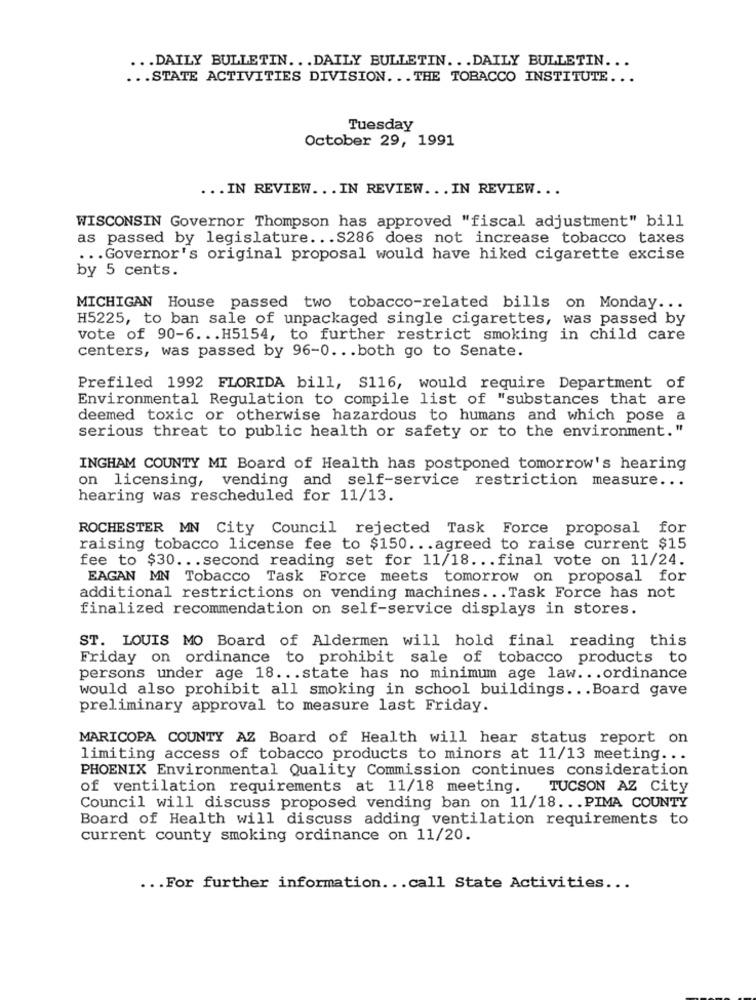
... DAILY BULLETIN. .. DAILY BULLETIN. .. DAILY BULLETIN ...
... STATE ACTIVITIES DIVISION. .. THE TOBACCO INSTITUTE ...
Tuesday
October 29, 1991
... IN REVIEW ... IN REVIEW ... IN REVIEW ...
WISCONSIN Governor Thompson has approved "fiscal adjustment" bill
as passed by legislature ... S286 does not increase tobacco taxes
... Governor's original proposal would have hiked cigarette excise
by 5 cents.
MICHIGAN House passed two tobacco-related bills on Monday ...
H5225, to ban sale of unpackaged single cigarettes, was passed by
vote of 90-6 ... H5154, to further restrict smoking in child care
centers, was passed by 96-0 ... both go to Senate.
Prefiled 1992 FLORIDA bill, S116, would require Department of
Environmental Regulation to compile list of "substances that are
deemed toxic or otherwise hazardous to humans and which pose a
serious threat to public health or safety or to the environment."
INGHAM COUNTY MI Board of Health has postponed tomorrow's hearing
on licensing, vending and self-service restriction measure ...
hearing was rescheduled for 11/13.
ROCHESTER MN City Council rejected Task Force proposal for
raising tobacco license fee to $150 ... agreed to raise current $15
fee to $30 ... second reading set for 11/18 ... final vote on 11/24.
EAGAN MN Tobacco Task Force meets tomorrow on proposal for
additional restrictions on vending machines ... Task Force has not
finalized recommendation on self-service displays in stores.
ST. LOUIS MO Board of Aldermen will hold final reading this
Friday on ordinance to prohibit sale of tobacco products to
persons under age 18 ... state has no minimum age law ... ordinance
would also prohibit all smoking in school buildings ... Board gave
preliminary approval to measure last Friday.
MARICOPA COUNTY AZ Board of Health will hear status report on
limiting access of tobacco products to minors at 11/13 meeting ...
PHOENIX Environmental Quality Commission continues consideration
of ventilation requirements at 11/18 meeting.
TUCSON AZ City
Council will discuss proposed vending ban on 11/18 ... PIMA COUNTY
Board of Health will discuss adding ventilation requirements to
current county smoking ordinance on 11/20.
... For further information ... call State Activities ...